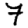
Digit: 7